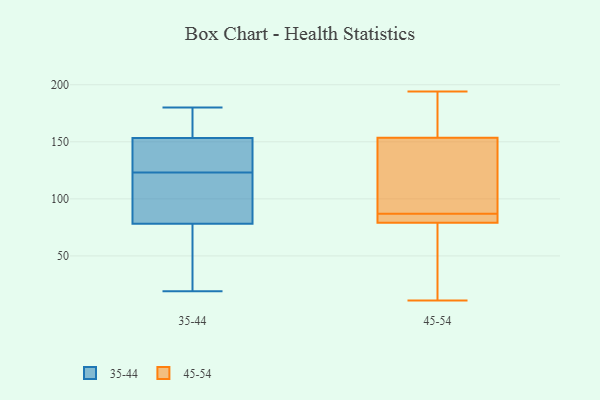
{"axis": {"x": "Tickets Resolved", "y": "Value"}, "legend": ["35-44", "45-54"], "data": [{"x": "", "y": 178, "type": "35-44"}, {"x": "", "y": 109, "type": "35-44"}, {"x": "", "y": 163, "type": "35-44"}, {"x": "", "y": 125, "type": "35-44"}, {"x": "", "y": 123, "type": "35-44"}, {"x": "", "y": 44, "type": "35-44"}, {"x": "", "y": 180, "type": "35-44"}, {"x": "", "y": 150, "type": "35-44"}, {"x": "", "y": 116, "type": "35-44"}, {"x": "", "y": 46, "type": "35-44"}, {"x": "", "y": 89, "type": "35-44"}, {"x": "", "y": 19, "type": "35-44"}, {"x": "", "y": 147, "type": "35-44"}, {"x": "", "y": 170, "type": "45-54"}, {"x": "", "y": 11, "type": "45-54"}, {"x": "", "y": 143, "type": "45-54"}, {"x": "", "y": 80, "type": "45-54"}, {"x": "", "y": 81, "type": "45-54"}, {"x": "", "y": 82, "type": "45-54"}, {"x": "", "y": 101, "type": "45-54"}, {"x": "", "y": 86, "type": "45-54"}, {"x": "", "y": 119, "type": "45-54"}, {"x": "", "y": 164, "type": "45-54"}, {"x": "", "y": 23, "type": "45-54"}, {"x": "", "y": 64, "type": "45-54"}, {"x": "", "y": 194, "type": "45-54"}, {"x": "", "y": 78, "type": "45-54"}, {"x": "", "y": 88, "type": "45-54"}, {"x": "", "y": 173, "type": "45-54"}]}